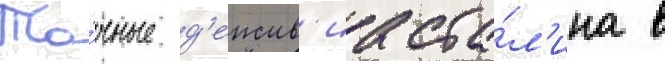
То́чные д'еиств'иа ста́л'ина в